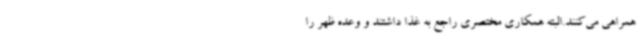
همراهی می‌کنند.البته همکاری مختصری راجع به غذا داشتند و وعده ظهر را